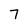
Character: 7